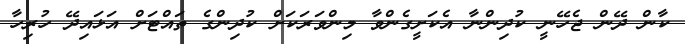
ކާން ދޭން ޖެހޭނީ ކުދިންނާ އެކަށީގެންވާ މިންވަރަކަށް ކުދިންގެ ތައްޓަށް އަޅައިދޭ ހުރިހާ